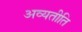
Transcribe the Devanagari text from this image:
अव्यतीति